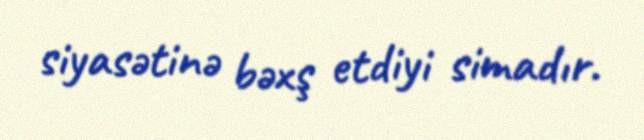
siyasətinə bəxş etdiyi simadır.